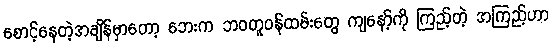
စောင့်နေတဲ့အချိန်မှာတော့ ဘေးက ဘဝတူဝန်ထမ်းတွေ ကျနော့်ကို ကြည့်တဲ့ အကြည့်ဟာ